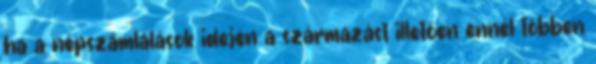
ha a népszámlálások idején a származást illetően ennél többen